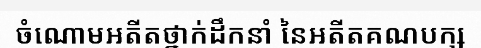
ចំណោមអតីតថ្នាក់ដឹកនាំ នៃអតីតគណបក្ស